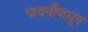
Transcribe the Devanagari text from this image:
यावर्षीपासून